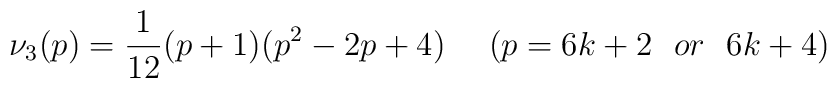
\nu_3(p) = \frac{1}{12}(p+1)(p^2-2p+4)~~~~(p=6k+2~~or~~6k+4)